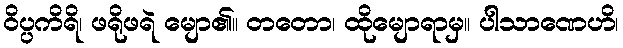
ဝိပ္ပကိရိ၊ ဖရိုဖရဲ မျော၏။ တတော၊ ထိုမျောရာမှ။ ပါသာဏေဟိ၊